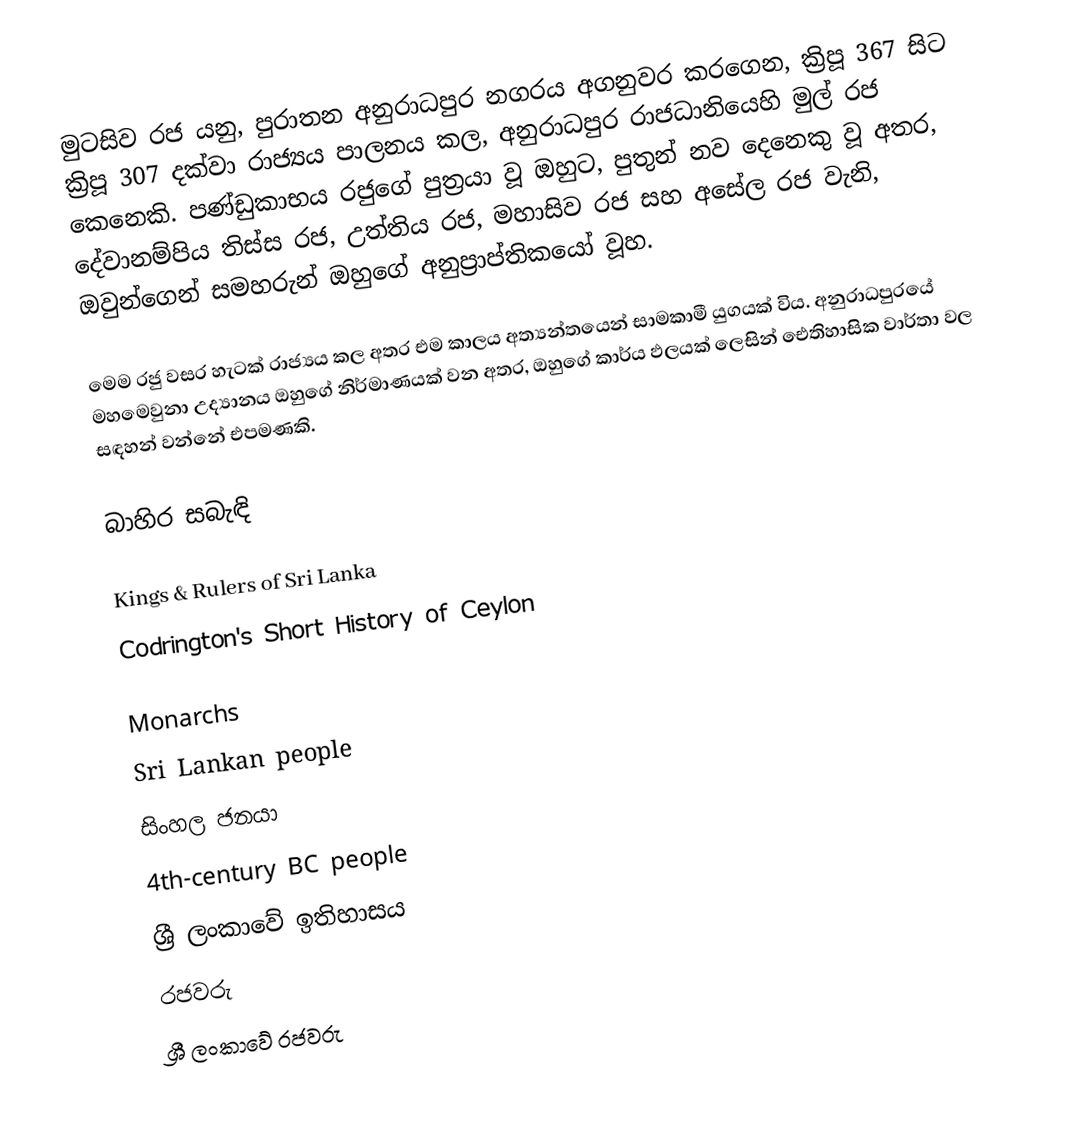
මුටසිව රජ යනු, පුරාතන අනුරාධපුර නගරය අගනුවර කරගෙන, ක්‍රිපූ 367 සිට ක්‍රිපූ 307 දක්වා රාජ්‍යය පාලනය කල, අනුරාධපුර රාජධානියෙහි මුල් රජ කෙනෙකි. පණ්ඩුකාභය රජුගේ පුත්‍රයා වූ ඔහුට, පුතුන් නව දෙනෙකු වූ අතර, දේවානම්පිය තිස්ස රජ, උත්තිය රජ, මහාසිව රජ සහ අසේල රජ වැනි, ඔවුන්ගෙන් සමහරුන් ඔහුගේ අනුප්‍රාප්තිකයෝ වූහ.

මෙම රජු වසර හැටක් රාජ්‍යය කල අතර එම කාලය අත්‍යන්තයෙන් සාමකාමී යුගයක් විය. අනුරාධපුරයේ මහමෙවුනා උද්‍යානය ඔහුගේ නිර්මාණයක් වන අතර, ඔහුගේ කාර්ය ඵලයක් ලෙසින් ඓතිහාසික වාර්තා වල සඳහන් වන්නේ එපමණකි.

බාහිර සබැඳි

 Kings & Rulers of Sri Lanka
 Codrington's Short History of Ceylon

Monarchs
Sri Lankan people
සිංහල ජනයා
4th-century BC people
ශ්‍රී ලංකාවේ ඉතිහාසය
රජවරු
ශ්‍රී ලංකාවේ රජවරු